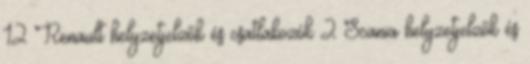
12 Renault helyzetjelzők és csatlakozók 2 Scania helyzetjelzők és